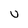
Character: U